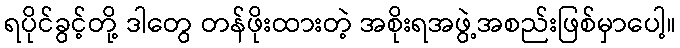
ရပိုင်ခွင့်တို့ ဒါတွေ တန်ဖိုးထားတဲ့ အစိုးရအဖွဲ့အစည်းဖြစ်မှာပေါ့။